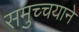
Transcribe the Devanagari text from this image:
समुच्चयाने